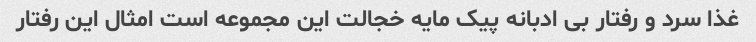
غذا سرد و رفتار بی ادبانه پیک مایه خجالت این مجموعه است امثال این رفتار